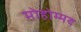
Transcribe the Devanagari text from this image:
मोहोम्मद